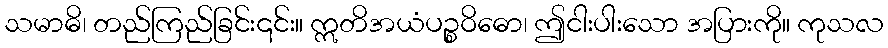
သမာဓိ၊ တည်ကြည်ခြင်း၎င်း။ ဣတိအယံပဉ္စဝိဓော၊ ဤငါးပါးသော အပြားကို။ ကုသလ